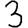
Digit: 3